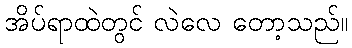
အိပ်ရာထဲတွင် လဲလေ တော့သည်။